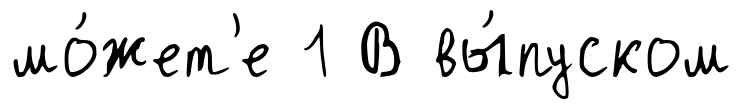
мо́жет'е 1 В вы́пуском